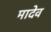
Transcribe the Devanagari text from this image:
मादेव